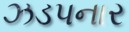
ઝડપનાર